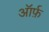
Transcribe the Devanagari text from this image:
ऑर्फ़